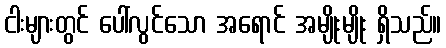
ငါးများတွင် ပေါ်လွင်သော အရောင် အမျိုးမျိုး ရှိသည်။